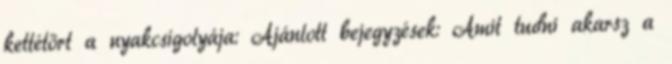
kettétört a nyakcsigolyája: Ajánlott bejegyzések: Amit tudni akarsz a